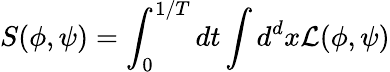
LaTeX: S(\phi,\psi)=\int_{0}^{1/T}dt\int d^{d}x{\cal L}(\phi,\psi)